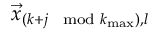
\vec { x } _ { ( k + j \mod k _ { \mathrm { m a x } } ) , l }